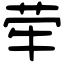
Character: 荦